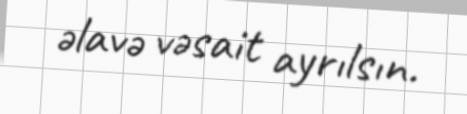
əlavə vəsait ayrılsın.